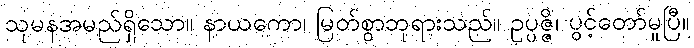
သုမနအမည်ရှိသော။ နာယကော၊ မြတ်စွာဘုရားသည်။ ဥပ္ပဇ္ဇိ၊ ပွင့်တော်မူပြီ။